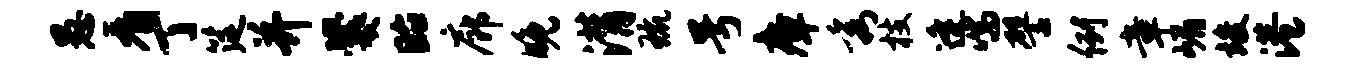
愚看丁筵并爨眙廊晚潸琉号瘴秀枝逄喘譬例章嵋竣港